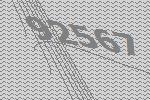
92567